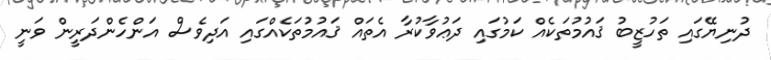
ދުނިޔޭގައި ތަހުޒީބު ޤައުމުތަކެއް ކަމުގައި ދަޢުވާކުރާ އެތައް ޤައުމުތަކެއްގައި އަދިވެސް އަންހެންދަރީން ވަނީ